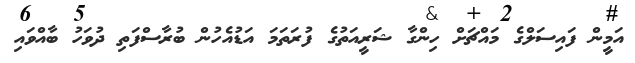
އަމީން ފައިސަލްގެ މައްޗަށް ހިންގާ ޝަރީއަތުގެ ފުރަތަމަ އަޑުއެހުން ބުރާސްފަތި ދުވަހު ބާއްވައި